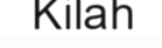
Kilah